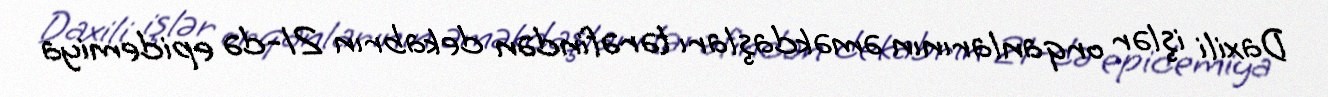
Daxili işlər orqanlarının əməkdaşları tərəfindən dekabrın 21-də epidemiya